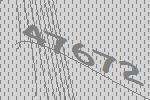
47672